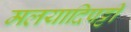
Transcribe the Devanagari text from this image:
मलयादिपट्टी